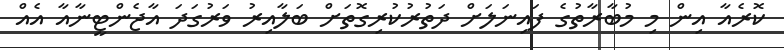
ކޮރެއާ އިން މި މުބާރާތުގެ ފައިނަލަށް ދަތުރުކުރިގޮތަށް ބަލާއިރު ވަރުގަދަ އާޖެންޓީނާއާ އެއް